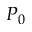
P _ { 0 }